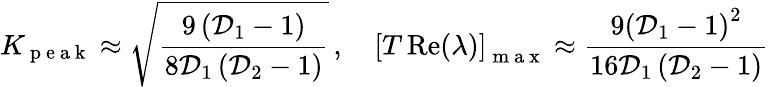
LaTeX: K_{\mathrm{~p~e~a~k~}}\approx\sqrt{\frac{9\left(\mathcal{D}_{1}-1\right)}{8\mathcal{D}_{1}\left(\mathcal{D}_{2}-1\right)}}\, ,\quad\left[T\operatorname{Re}(\lambda)\right]_{\mathrm{~m~a~x~}}\approx\frac{9\left(\mathcal{D}_{1}-1\right)^{2}}{16\mathcal{D}_{1}\left(\mathcal{D}_{2}-1\right)}